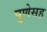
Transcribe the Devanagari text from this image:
पुणेसह